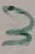
Text: 3